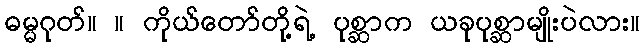
ဓမ္မဂုတ်။ ။ ကိုယ်တော်တို့ရဲ့ ပုစ္ဆာက ယခုပုစ္ဆာမျိုးပဲလား။